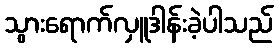
သွားရောက်လှူဒါန်းခဲ့ပါသည်